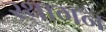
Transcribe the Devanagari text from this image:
स्थागन